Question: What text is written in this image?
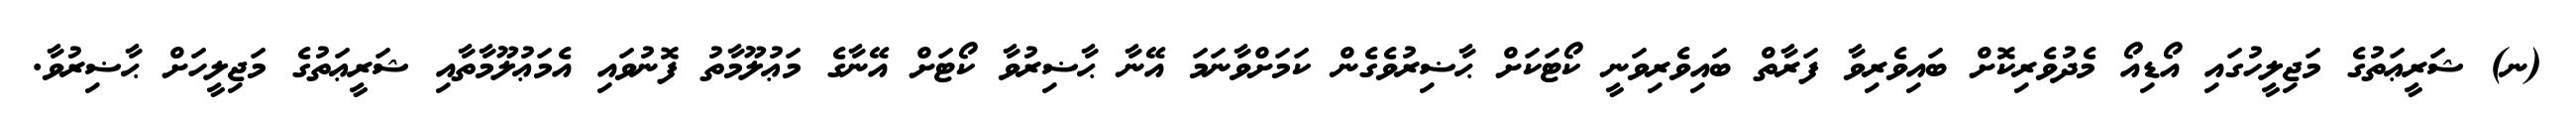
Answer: (ނ) ޝަރީޢަތުގެ މަޖިލީހުގައި އޯޑިއޯ މެދުވެރިކޮށް ބައިވެރިވާ ފަރާތް ބައިވެރިވަނީ ކޯޓަކަށް ޙާޟިރުވެގެން ކަމަށްވާނަމަ އޭނާ ޙާޟިރުވާ ކޯޓަށް އޭނާގެ މަޢުލޫމާތު ފޮނުވައި އެމަޢުލޫމާތާއި ޝަރީޢަތުގެ މަޖިލީހަށް ޙާޟިރުވާ.